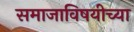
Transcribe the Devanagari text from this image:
समाजाविषयीच्या